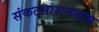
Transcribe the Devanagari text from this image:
संकटनाशननाम